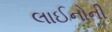
લાઈનોની